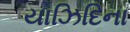
યાઝિદિના